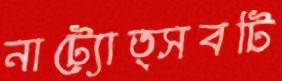
নাট্যোত্সবটি